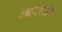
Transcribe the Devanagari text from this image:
आधायात्मिक